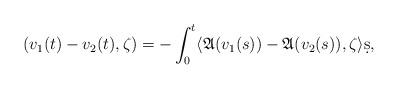
LaTeX: \begin{align*}(v_1(t)-v_2(t),\zeta)=-\int_0^t\langle\mathfrak{A}(v_1(s))-\mathfrak{A}(v_2(s)),\zeta\rangle\d s,\end{align*}